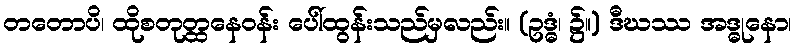
တတောပိ၊ ထိုစတုတ္ထနေဝန်း ပေါ်ထွန်းသည်မှလည်း။ (ဥဒ္ဓံ၊ ၌။) ဒီဃဿ အဒ္ဓုနော၊